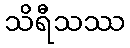
သိရီသဿ